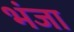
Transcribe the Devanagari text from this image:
भंजा